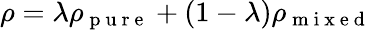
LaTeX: \rho=\lambda\rho_{\mathrm{~p~u~r~e~}}+(1-\lambda)\rho_{\mathrm{~m~i~x~e~d~}}